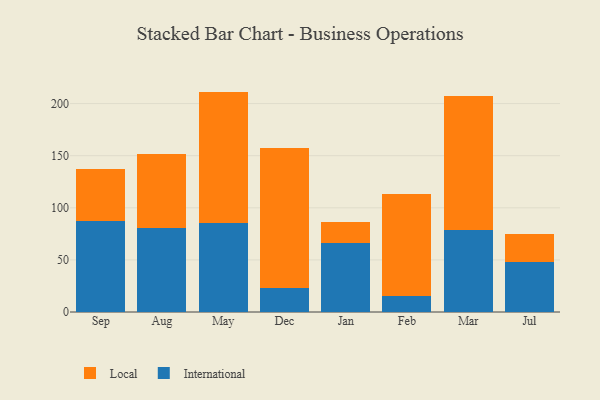
{"axis": {"x": "Month", "y": "Gross Profit (USD K)"}, "legend": ["International", "Local"], "data": [{"x": "Sep", "y": 87.7, "type": "International"}, {"x": "Sep", "y": 49.5, "type": "Local"}, {"x": "Aug", "y": 80.5, "type": "International"}, {"x": "Aug", "y": 71.1, "type": "Local"}, {"x": "May", "y": 85.1, "type": "International"}, {"x": "May", "y": 126.4, "type": "Local"}, {"x": "Dec", "y": 22.7, "type": "International"}, {"x": "Dec", "y": 134.4, "type": "Local"}, {"x": "Jan", "y": 65.8, "type": "International"}, {"x": "Jan", "y": 20.4, "type": "Local"}, {"x": "Feb", "y": 15.8, "type": "International"}, {"x": "Feb", "y": 97.7, "type": "Local"}, {"x": "Mar", "y": 78.5, "type": "International"}, {"x": "Mar", "y": 128.8, "type": "Local"}, {"x": "Jul", "y": 47.9, "type": "International"}, {"x": "Jul", "y": 26.6, "type": "Local"}]}